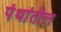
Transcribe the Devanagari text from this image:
पंथांतील